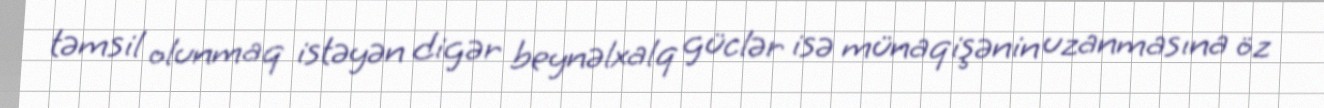
təmsil olunmaq istəyən digər beynəlxalq güclər isə münaqişənin uzanmasına öz